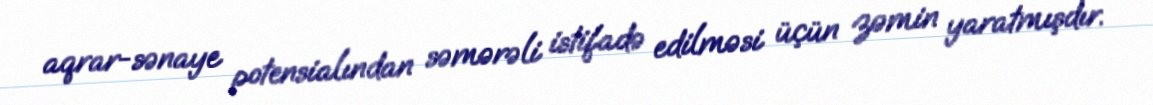
aqrar-sənaye potensialından səmərəli istifadə edilməsi üçün zəmin yaratmışdır.